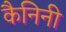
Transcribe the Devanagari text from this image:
कैनिनी